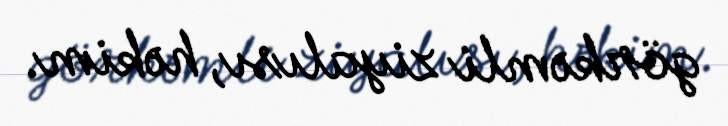
görkəmli ziyalısı, həkim.